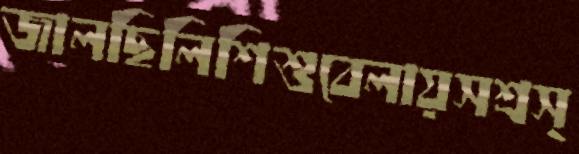
জালছিলিশিশুবেলায়সশ্রস্